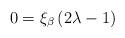
LaTeX: \begin{align*}0 = \xi_\beta \left(2\lambda -1\right)\end{align*}